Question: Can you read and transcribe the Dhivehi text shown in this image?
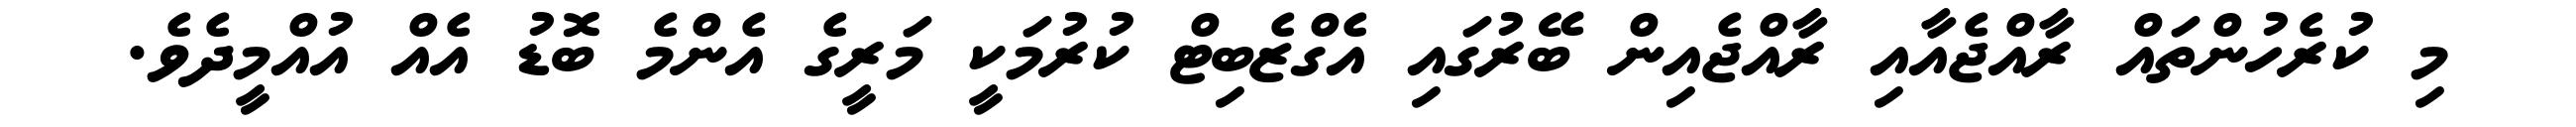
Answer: މި ކުރެހުންތައް ރާއްޖެއާއި ރާއްޖެއިން ބޭރުގައި އެގްޒެބިޓް ކުރުމަކީ މަރީގެ އެންމެ ބޮޑު އެއް އުއްމީދެވެ.